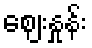
ဈေးနှုန်း